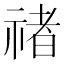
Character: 禇